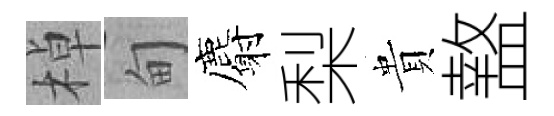
棹甸麝梨貴盩